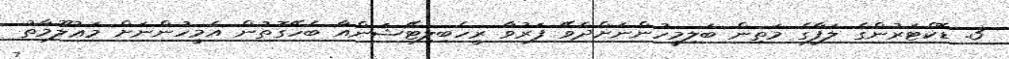
3. ޑޮކްޓަރުންގެ ލަފާގެ މަތިން ބަލިމީހުންނަށްދެވޭ ފަރުވާ ރީހެބިލިޓޭޝަންއާ ބެހޭގޮތުން އެމީހުންނަށް މަޢުލޫމާތު